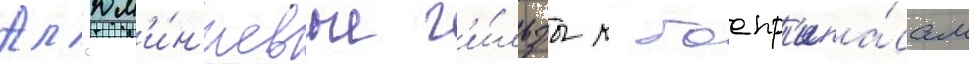
Ал'юм'и́н'иевые г'и́льзы к боепр'ипа́сам